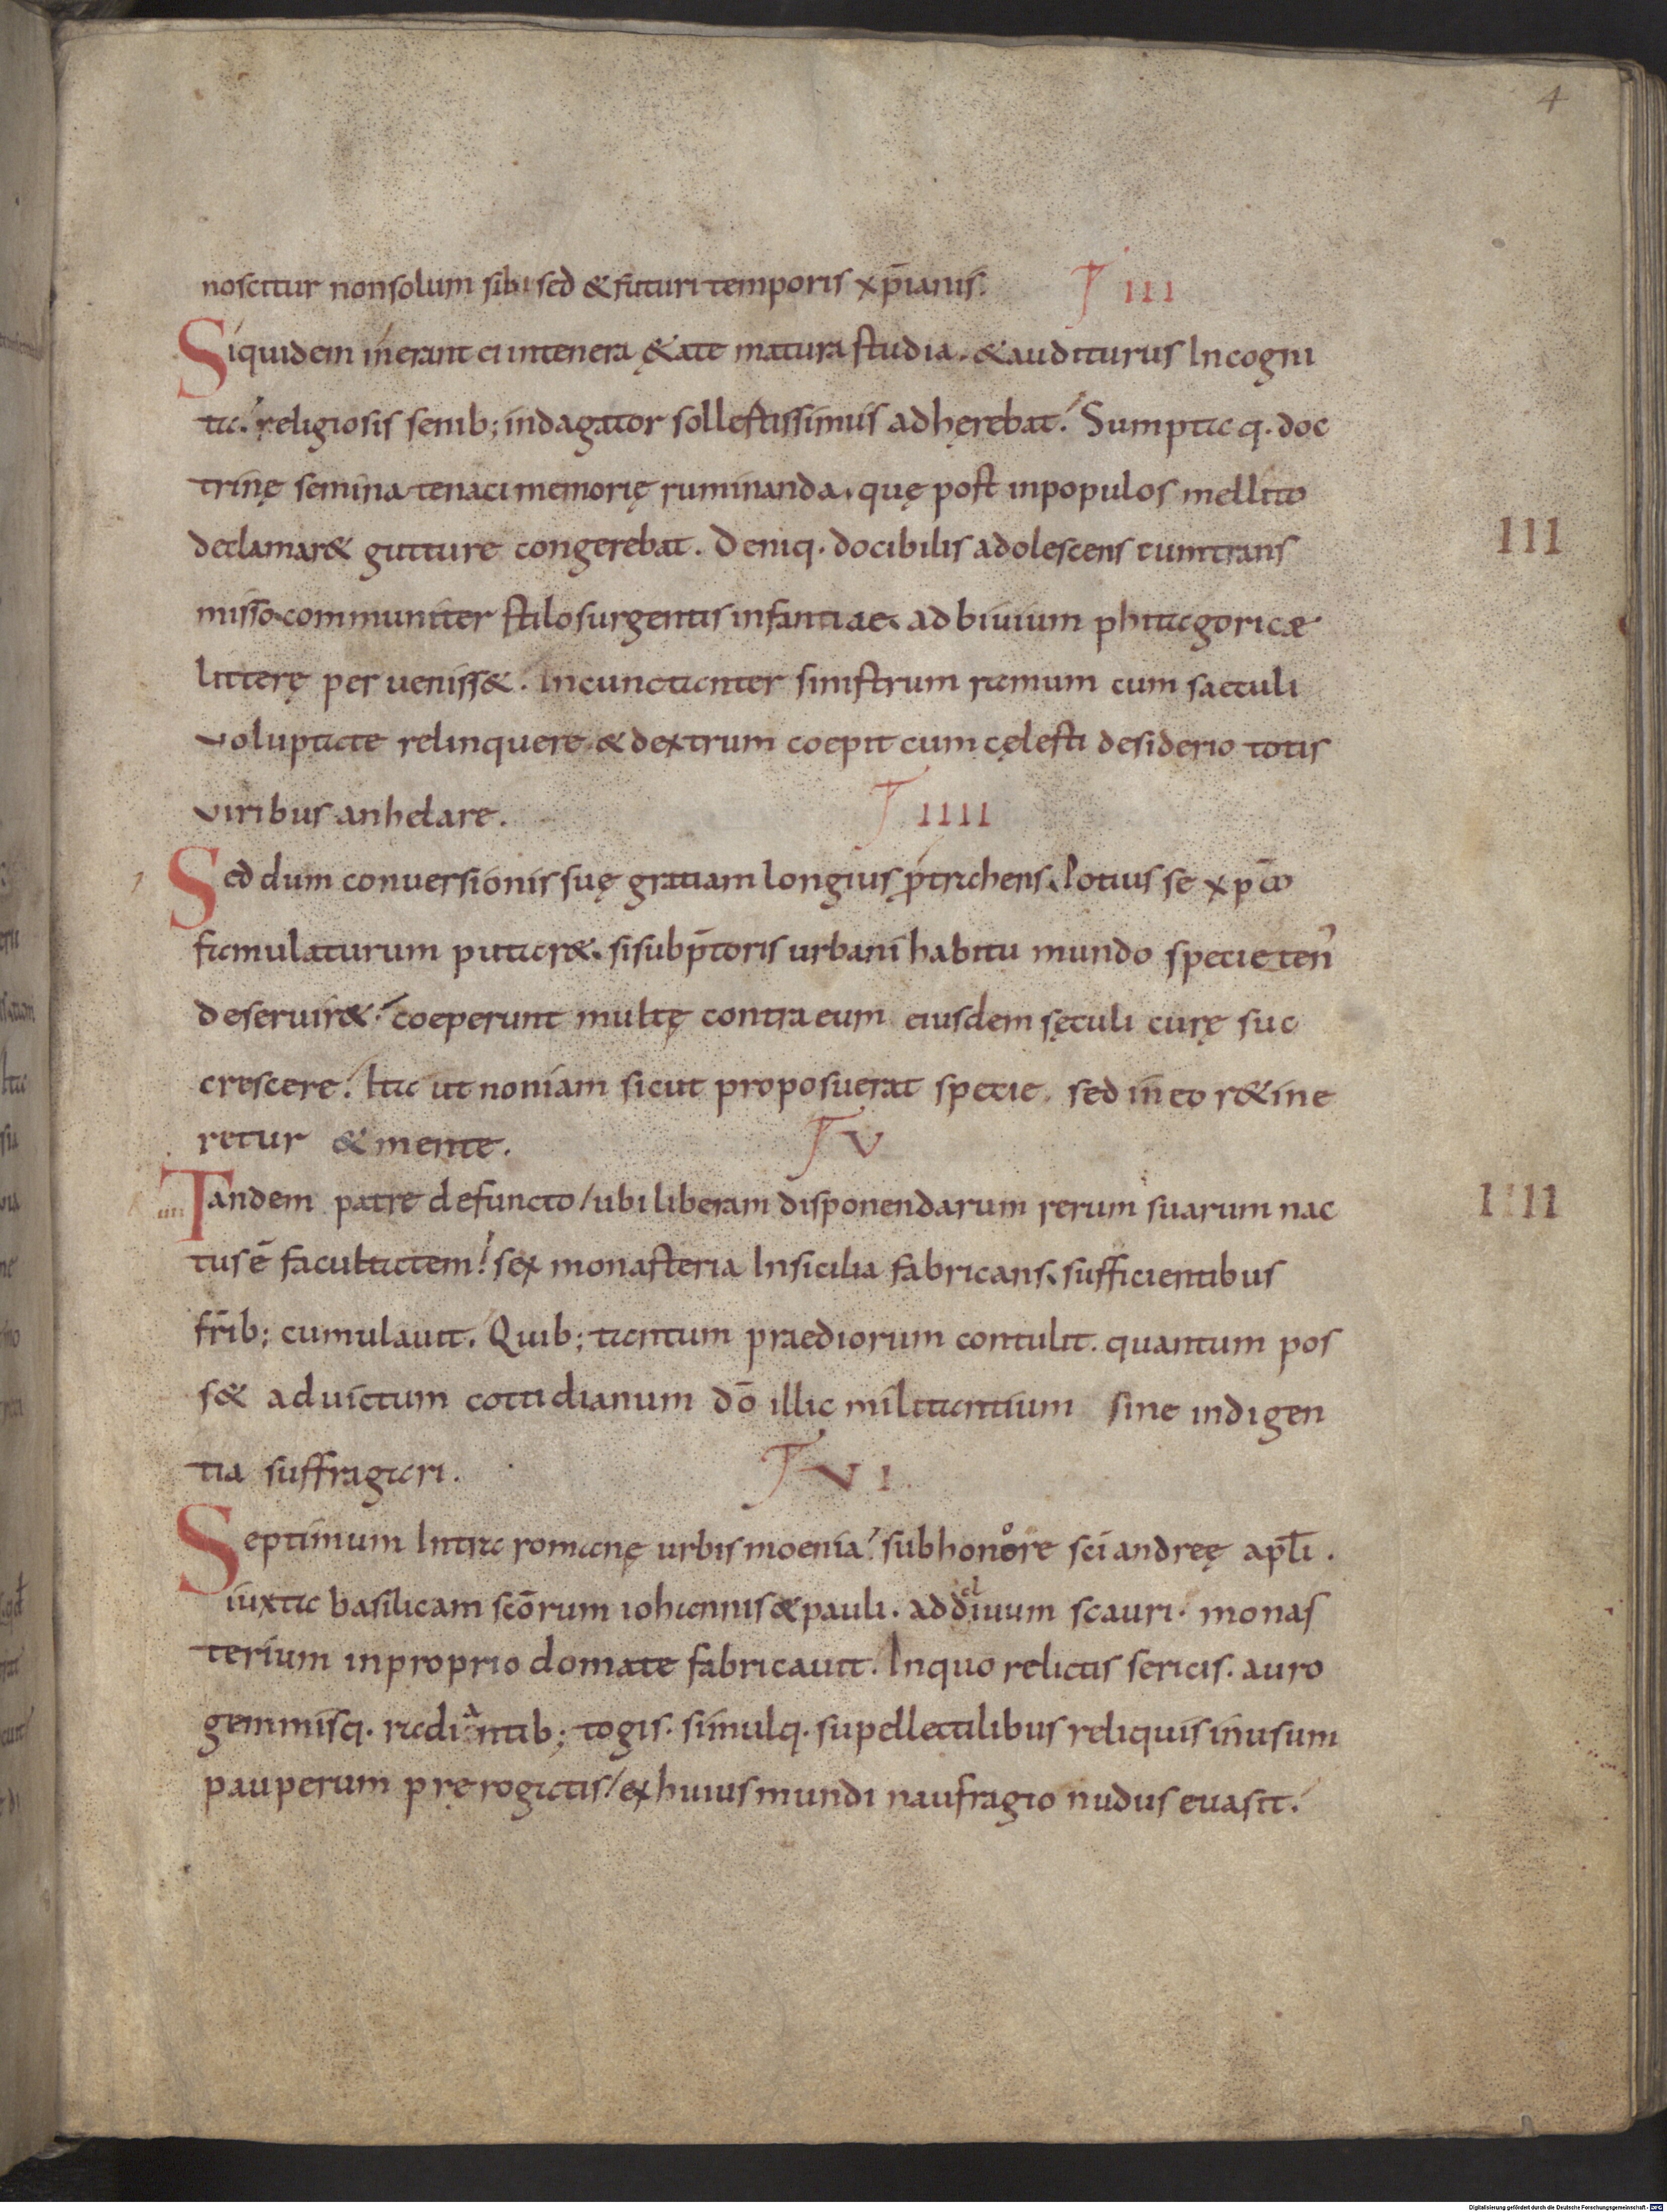
Shelfmark: Munich, Bayerische Staatsbibliothek, Clm 14404
Century: 11